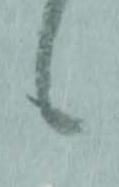
候